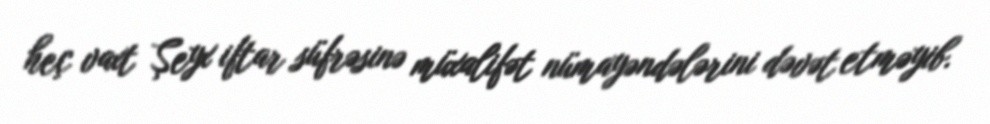
heç vaxt Şeyx iftar süfrəsinə müxalifət nümayəndələrini dəvət etməyib.